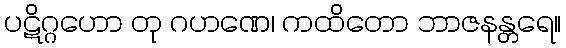
ပဋိဂ္ဂဟော တု ဂဟဏေ၊ ကထိတော ဘာဇနန္တရေ။